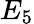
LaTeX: E_{5}